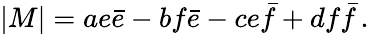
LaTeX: \vert M\vert=ae\bar{e}-bf\bar{e}-ce\bar{f}+df\bar{f}\, .